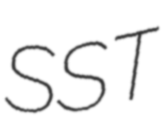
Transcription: SST